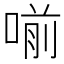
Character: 𠷁